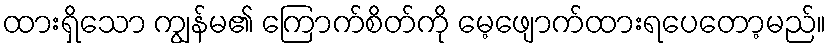
ထားရှိသော ကျွန်မ၏ ကြောက်စိတ်ကို မေ့ဖျောက်ထားရပေတော့မည်။